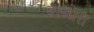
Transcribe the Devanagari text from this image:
ईस्तारी